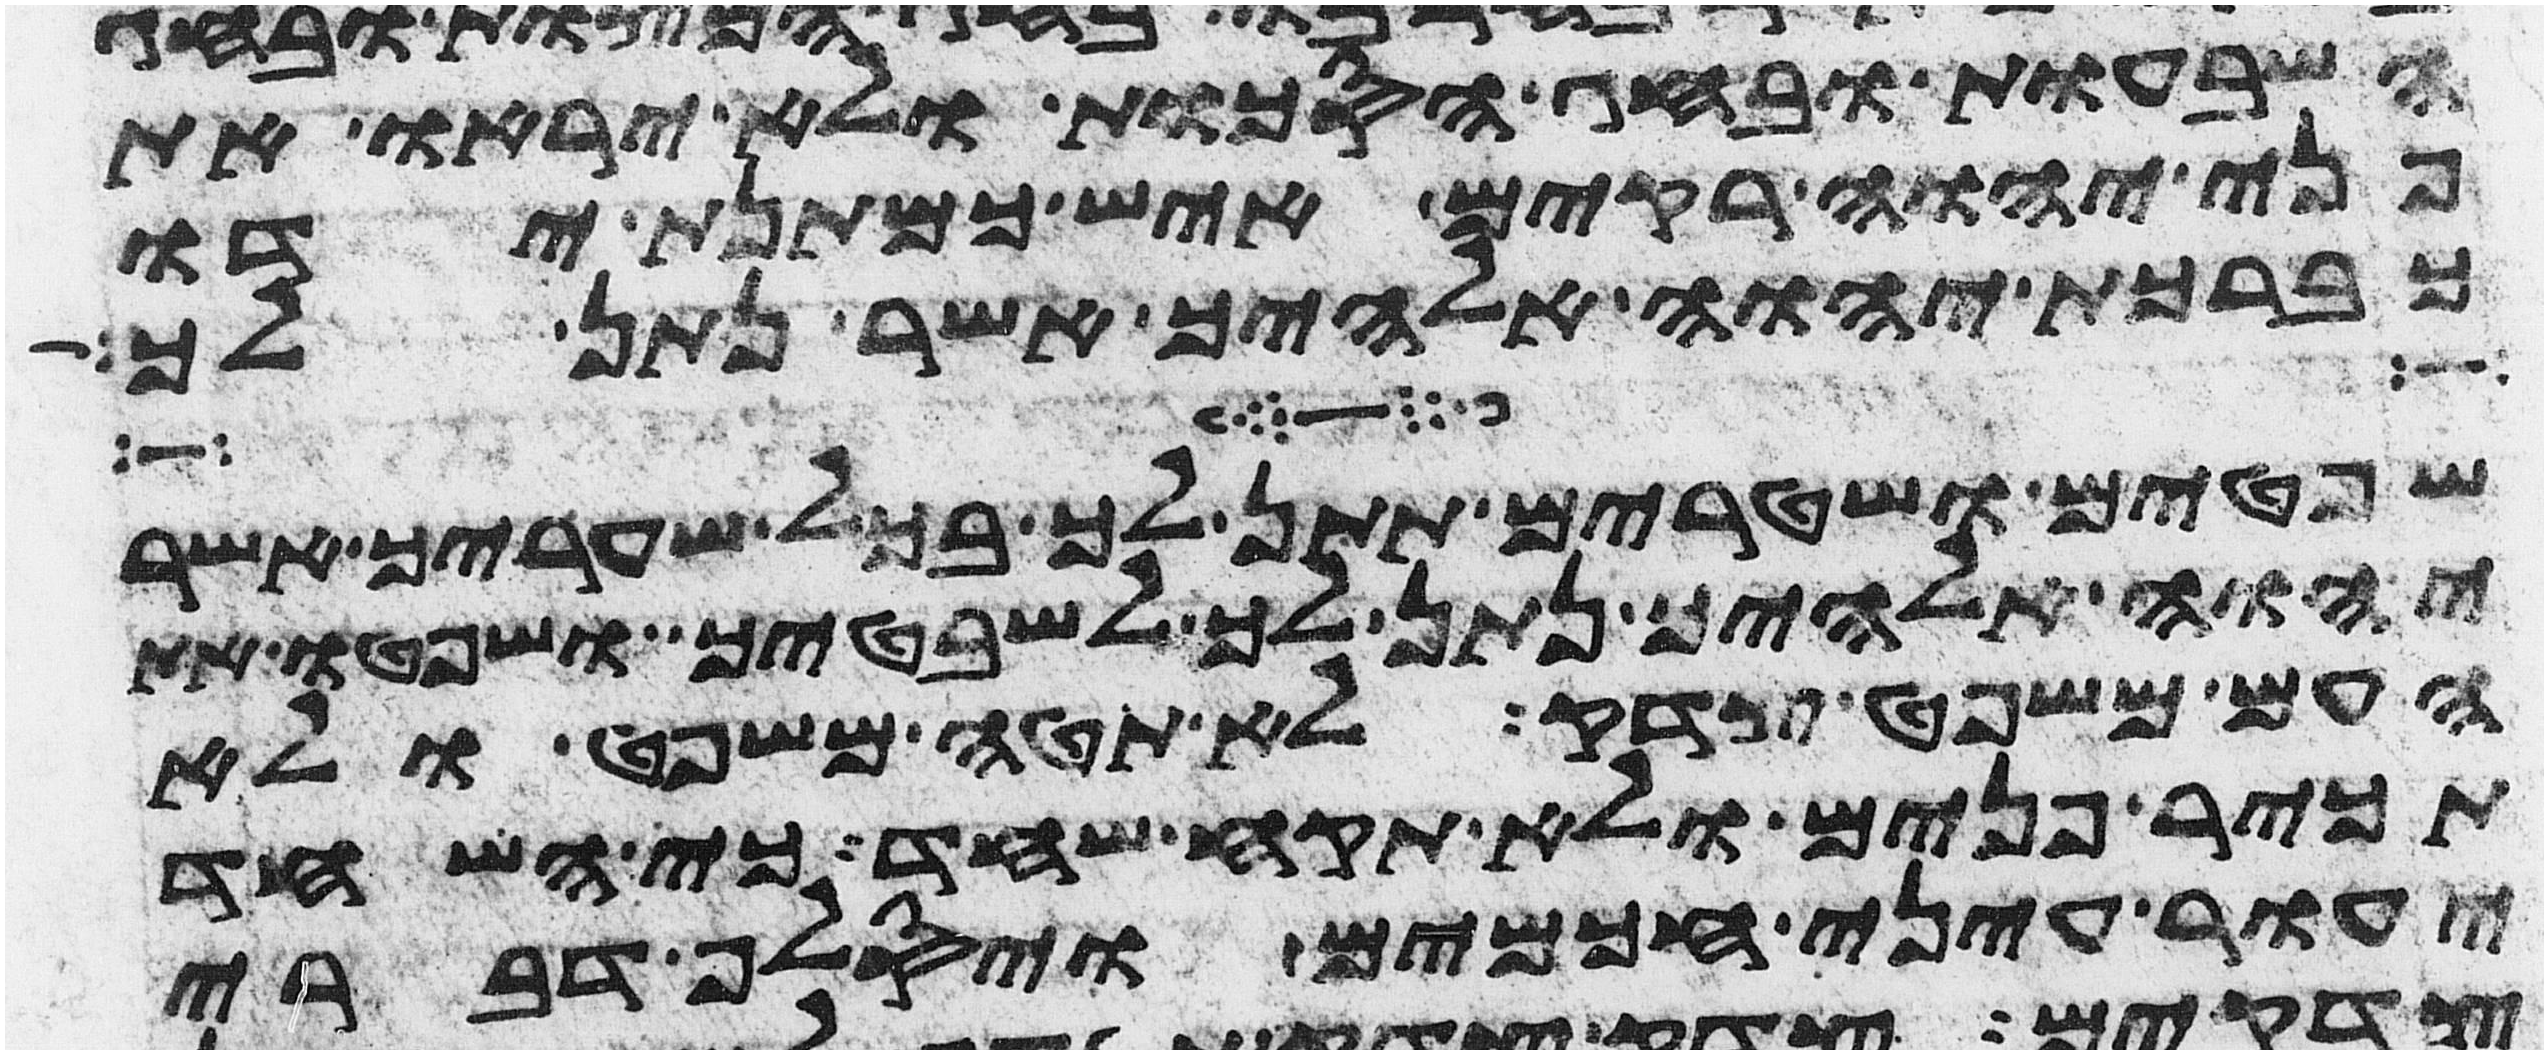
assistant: השבעות ובחג הסכות ולא יראו את
פני יהוה רקים איש כמתנת ידו
כברכת יהוה אלהיך אשר נתן לך
שפטים ושטרים תתן לך בכל שעריך אשר
יהוה אלהיך נתן לך לשבטיך ושפטו את
העם משפט צדק לא תטה משפט ולא
תכיר פנים ולא תקח שחד כי השחד
יעור עיני חכמים ויסלף דברי